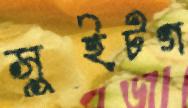
সুইটগ